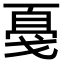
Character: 戞